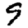
Digit: 9